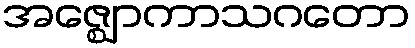
အဇ္ဈောကာသဂတော